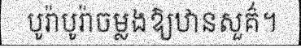
បូរ៉ាបូរ៉ាចម្លងឱ្យឋានសួគ៌។